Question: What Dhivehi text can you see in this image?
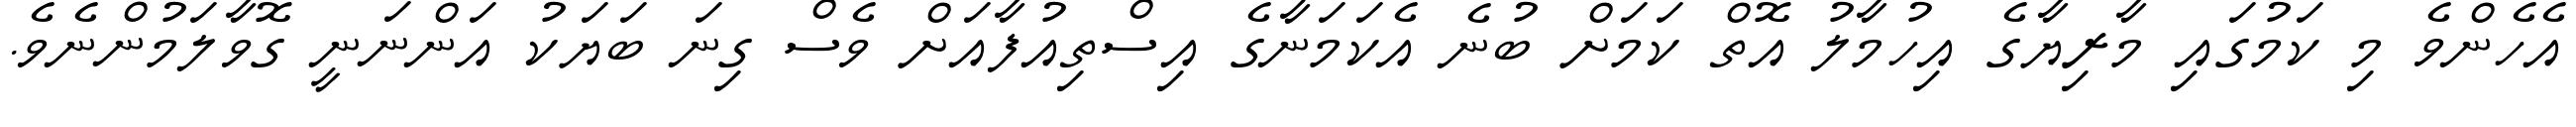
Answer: އެހެންވެ މި ކަމުގައި މާރިޔާގެ އިހުމާލު އޮތް ކަމަށް ބުނެ އެކަމަނާގެ އިސްތިއުފާއަށް ވެސް ގިނަ ބަޔަކު އަންނަނީ ގޮވާލަމުންނެވެ.